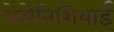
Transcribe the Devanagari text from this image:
मेसेनिशियाई